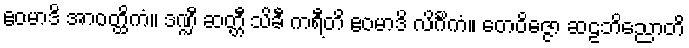
ဧဝမာဒိ အာဝတ္ထိကံ။ ဒဏ္ဍီ ဆတ္တီ သိခီ ကရီတိ ဧဝမာဒိ လိင်္ဂိကံ။ တေဝိဇ္ဇော ဆဠဘိညောတိ